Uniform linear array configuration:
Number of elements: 48
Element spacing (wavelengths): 0.5
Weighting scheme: uniform
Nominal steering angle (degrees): -60
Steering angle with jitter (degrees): -59.521
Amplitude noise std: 0.05
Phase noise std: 0.05

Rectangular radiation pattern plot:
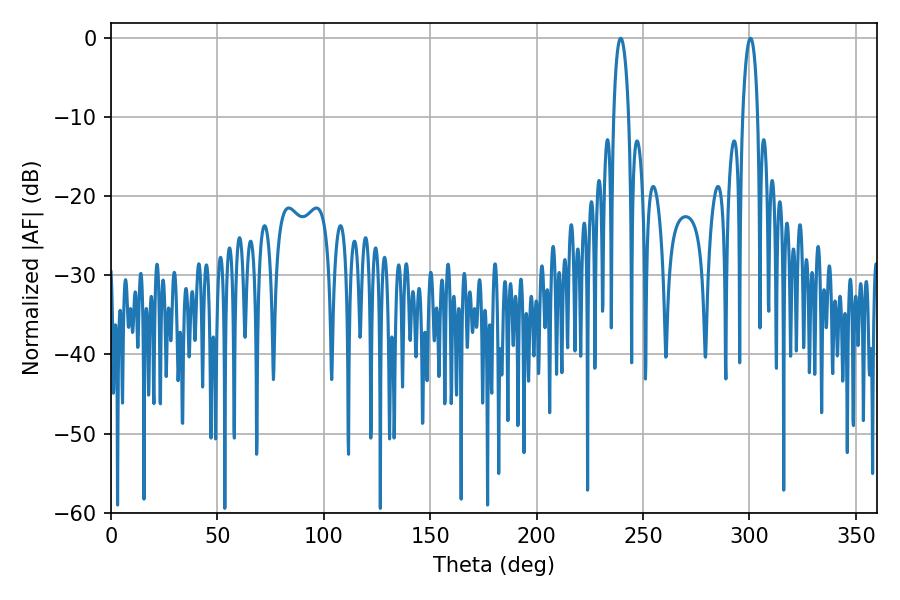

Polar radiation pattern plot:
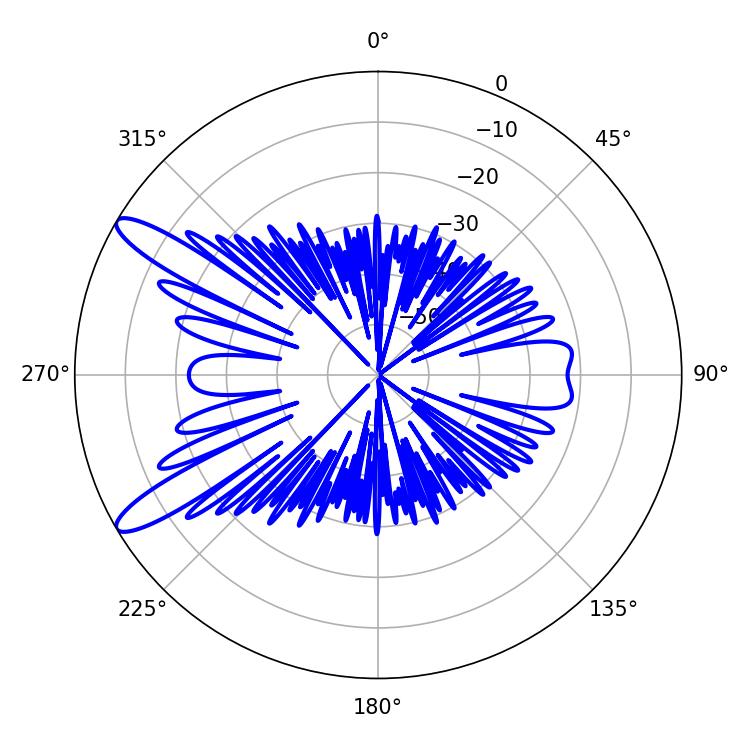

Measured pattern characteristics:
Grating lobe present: FALSE
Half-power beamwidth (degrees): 3.96
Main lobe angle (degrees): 300.42